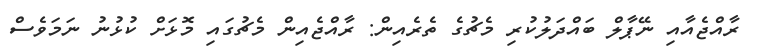
ރާއްޖެއާއި ނޭޕާލް ބައްދަލުކުރި މެޗުގެ ތެރެއިން: ރާއްޖެއިން މެޗުގައި މޮޅަށް ކުޅުނު ނަމަވެސް